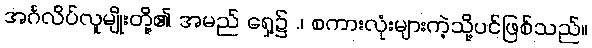
အင်္ဂလိပ်လူမျိုးတို့၏ အမည် ရှေ့၌ .၊ စကားလုံးများကဲ့သို့ပင်ဖြစ်သည်။